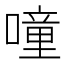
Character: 噇